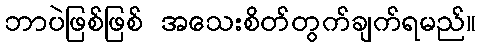
ဘာပဲဖြစ်ဖြစ် အသေးစိတ်တွက်ချက်ရမည်။